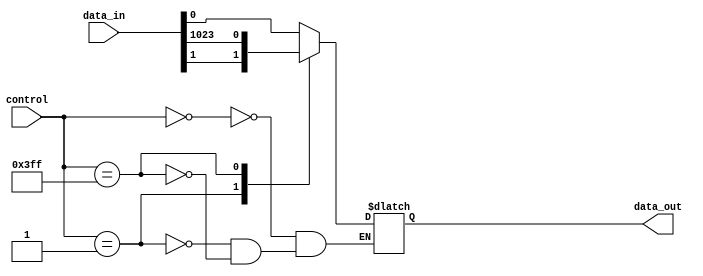
module multiplexer_1024_1 (
    input [1023:0] data_in,
    input [9:0] control,
    output data_out
);

reg data_out;

always @(*) begin
    case (control)
        10'b0000000000: data_out = data_in[0];
        10'b0000000001: data_out = data_in[1];
        // Add cases for all 1024 input signals
        // 10'b1111111110: data_out = data_in[1022];
        10'b1111111111: data_out = data_in[1023];
    endcase
end

endmodule